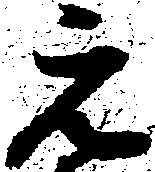
元